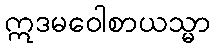
ဣဒမဝေါစာယသ္မာ